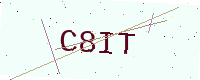
Text: C8IT